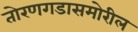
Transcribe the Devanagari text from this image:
तोरणगडासमोरील